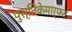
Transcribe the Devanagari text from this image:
पुस्तिकेमार्फत